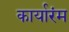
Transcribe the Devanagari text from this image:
कार्यारंम